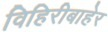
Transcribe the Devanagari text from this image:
विहिरीबाहेर